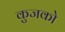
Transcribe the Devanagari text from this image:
कुजको